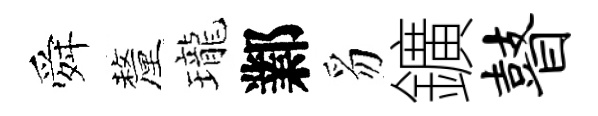
舜釐瓏鄴豸鑛瞽